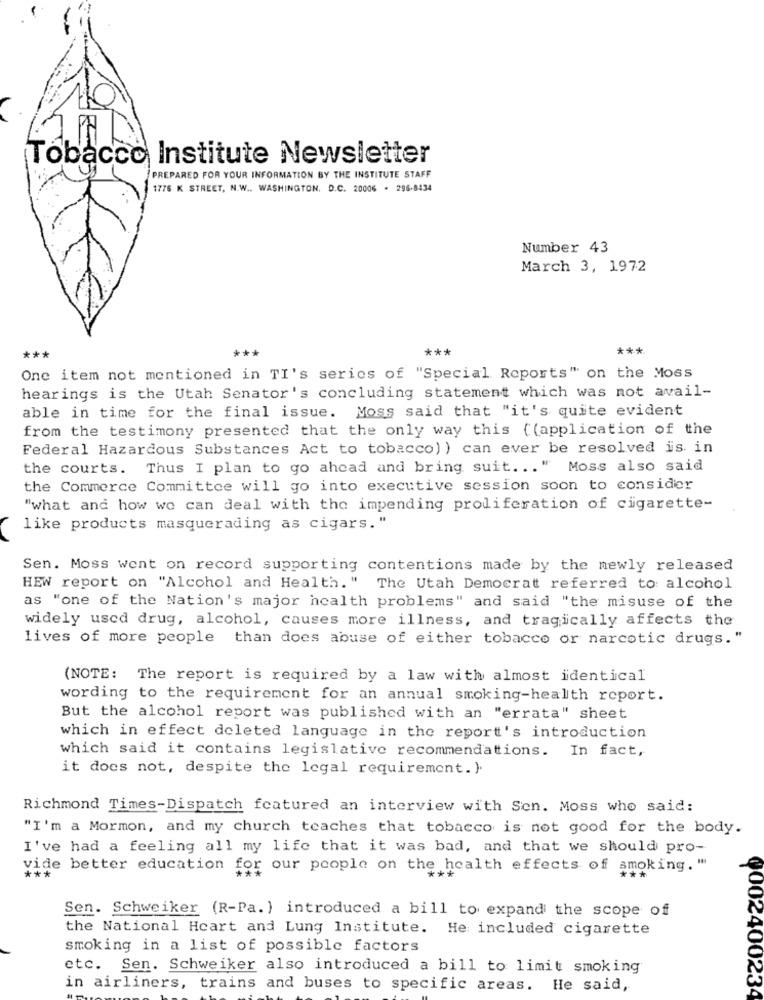
Tobacco Institute Newsletter
PREPARED FOR YOUR INFORMATION BY THE INSTITUTE STAFF
1776 K STREET, N.W .. WASHINGTON, D.C. 20006 . 296-8434
Number 43
March 3, 1972
**
***
***
***
One item not mentioned in TI's series of "Special Reports" on the Moss
hearings is the Utah Senator's concluding statement which was not avail-
able in time for the final issue. Moss said that "it's quite evident
from the testimony presented that the only way this ((application of the
Federal Hazardous Substances Act to tobacco)) can ever be resolved is in
the courts. Thus I plan to go ahead and bring suit ... " Moss also said
the Commerce Committee will go into executive session soon to consider
"what and how we can deal with the impending proliferation of cigarette-
like products masquerading as cigars."
Sen. Moss went on record supporting contentions made by the newly released
HEW report on "Alcohol and Health. " The Utah Democrat referred to alcohol
as "one of the Nation's major health problems" and said "the misuse of the
widely used drug, alcohol, causes more illness, and tragically affects the
lives of more people than does abuse of either tobacco or narcotic drugs. "
(NOTE: The report is required by a law with almost identical
wording to the requirement for an annual smoking-health report.
But the alcohol report was published with an "errata" sheet
which in effect deleted language in the report's introduction
which said it contains legislative recommendations. In fact,
it does not, despite the legal requirement. ).
Richmond Times-Dispatch featured an interview with Sen. Moss who said:
"I'm a Mormon, and my church teaches that tobacco is not good for the body.
I've had a feeling all my life that it was bad, and that we should pro-
vide better education for our people on the health effects of smoking. "
Sen. Schweiker (R-Pa.) introduced a bill to expand the scope of
the National Heart and Lung Institute. He included cigarette
smoking in a list of possible factors
etc. Sen. Schweiker also introduced a bill to limit smoking
in airliners, trains and buses to specific areas.
He said,
0002400234